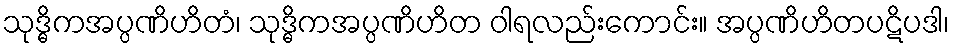
သုဒ္ဓိကအပ္ပဏိဟိတံ၊ သုဒ္ဓိကအပ္ပဏိဟိတ ဝါရလည်းကောင်း။ အပ္ပဏိဟိတပဋိပဒါ၊